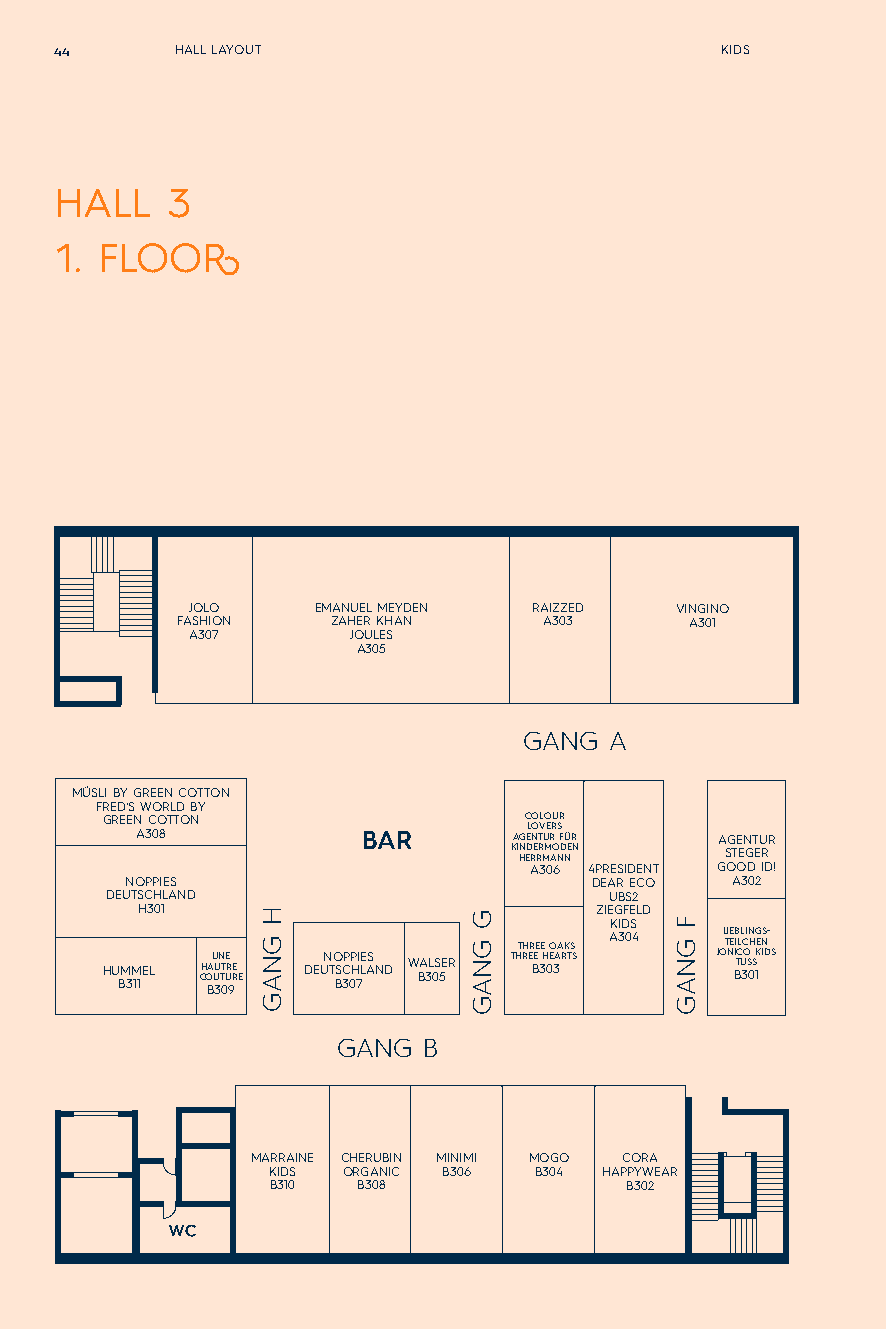
44      HALL LAYOUT                         KIDS
 HALL   3
 1. FLOOR
 JOLO     EMANUEL MEYDEN RAIZZED  VINGINO
 FASHION   ZAHER KHAN    A303      A301
 A307      JOULES
 A305
 GANG A
 MÜSLI BY GREEN COTTON
 FRED‘S WORLD BY
 GREEN COTTON                COLOUR
 LOVERS
 A308           BAR       AGENTUR FÜR   AGENTUR
 KI HN ED RE RR MM AO ND NEN STEGER
 A306 4PRESIDENT GOOD ID!
 NOPPIES                        DEAR ECO A302
 DEUTSCHLAND                      UBS2
 H301                          ZIEGFELD KIDS
 THREE OAKS A304 L TIE EB ILL CIN HG ENS-
 HU BM 3M 11EL CH O BAU U 3UN TT 0UE R 9RE E DEUN TO BSC 3P 0P H 7I LE AS ND W BA 3L 0S 5ER THRE BE 3H 0E 3ARTS JON BI TC U 3O S 0 S 1KIDS
 GANG  B
 MARRAINE CHERUBIN MINIMI MOGO CORA
 KIDS ORGANIC B306 B304 HAPPYWEAR
 B310  B308             B302
 H
 GNAG
 G
 GNAG
 F
 GNAG